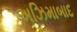
અઝિમાબાદ